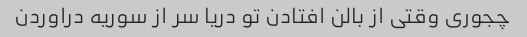
چجوری وقتی از بالن افتادن تو دریا سر از سوریه دراوردن